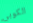
الكوبي